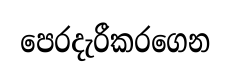
පෙරදැරීකරගෙන